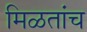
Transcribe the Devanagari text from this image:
मिळतांच